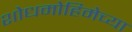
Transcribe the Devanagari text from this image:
शोधमोहिमेच्या